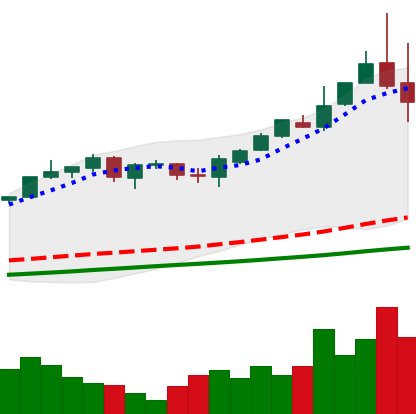
Ticker: BTC-USD
Chart end date: 2017-05-26
Forward return: 3.813%
Label: up_3_5